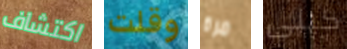
اكتشاف وقلت مرة كيلى